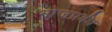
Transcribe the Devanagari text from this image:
भोजप्रर्बध